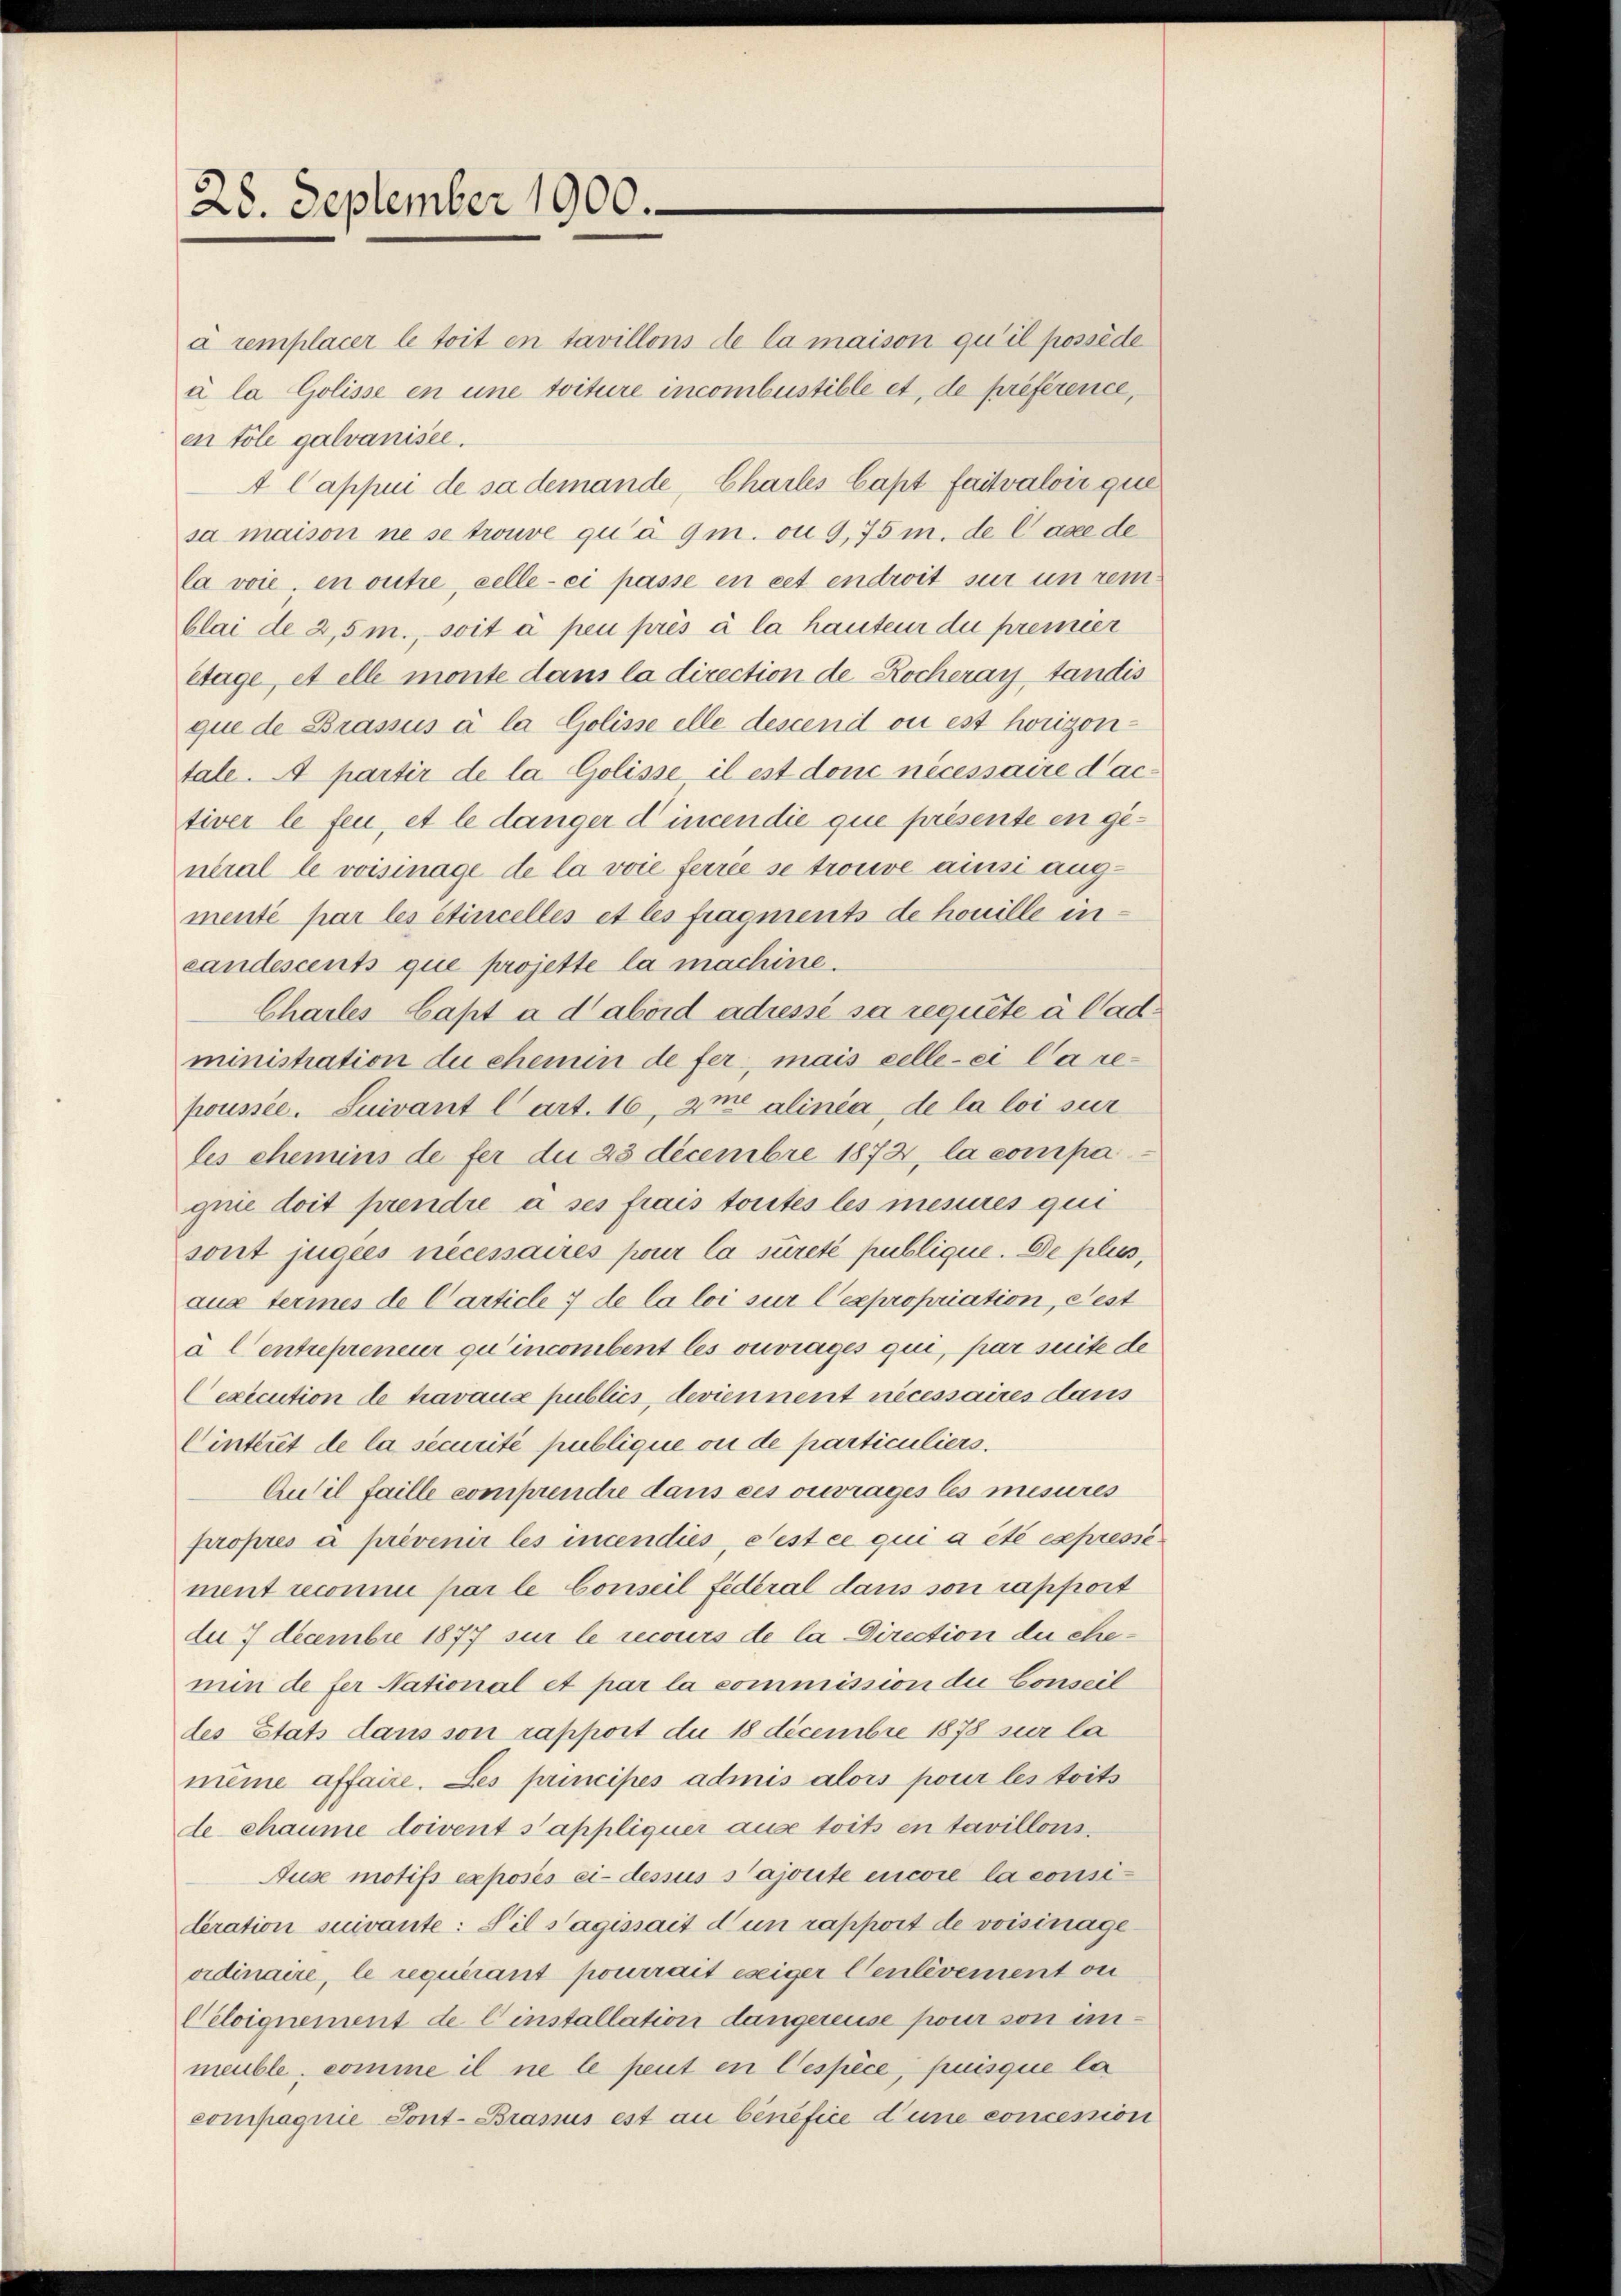
28. September 1900.

à remplacer le toit en tavillons de la maison qu’il possède
à la Golisse en une toiture incombustible et, de préférence,
en tole galvanisee.
4 Cappui de sa demande, Charles Capt faitvaloir que
sa maison ne se trouve qu’a 9 m. ou 9,75 m. de Case de
Ca voie, en outre, celle-ci passe en cet endroit sur un remblai de 2,5 m., soit à peu prés à la hauteur die premier
etage, et elle monte dans la direction de Rocheranstandis
que de Brassus à la Golisse elle descend ou est horizontale. A partir de la Golisse il est donc necessaire dactiver le feu, et le danger dincen die que présente en general le voisiage de la voie ferrée se trouve ainsi augmenté par les étincellés et les fragments de houille ineandescents que projette la machine.
Charles Capt à d’abord adressé sa requite à lad
ministration du chemin de fer, mais celle ei Carepoussée. Suivant Cart. 16, Ime alinia, de la loi sur
les chemins de fer die 23 decembre 1872, la compa
gnie doit prendre à ses frais toutes les mesures qui
sont jugées necessaires pour la sûreté publique. De plus,
aux termes de Carticle 7 de la loi sur l’expropriation, Fest
à l’entrepreneur quincombent les ouvrages qui, par suite de
Cexecution de travaux publics, deviennent necessaires dans
Cinteret de la securité publique ou de particuliers.
Aulil faille comprendre dans ces ouvrages les mesures
propres à prévenir les incendiés, cest ce qui a été expressement reconnu par le Conseil fédéral dans son rapport
du 7 Decembre 1877 sur le recours de la Direction du chenin de fer National et par la commission die Conseil
des Etats dans son rapport du 18 Decembre 1878 sur la
meine affaire. Les principes admis alors pour les toits
de chaume doivent s’appliquer aus toits en tavillons
Ause motifs exposés ci-dessus Sajorite encore la consideration suivante: Pil s’agissait d’un rapport de voisinageaidinaire, le requirant pourrait eseiger Cenlèvement ou
Céloignement de Einstallation dangereise pour von unmeuble, comme il ne le peut en Cespèce, puisque la
compagnie Sont-Brasius est au bénéfice d’une concession